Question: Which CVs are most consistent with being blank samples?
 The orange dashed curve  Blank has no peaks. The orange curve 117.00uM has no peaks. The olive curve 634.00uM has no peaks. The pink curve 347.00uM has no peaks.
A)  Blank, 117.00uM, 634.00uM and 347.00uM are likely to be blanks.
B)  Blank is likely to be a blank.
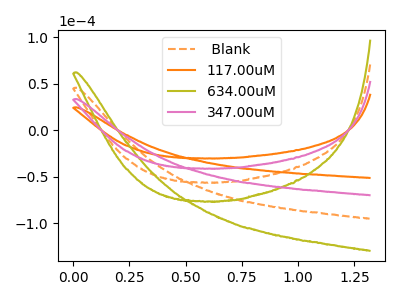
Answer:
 <answer>A) " Blank", "117.00uM", "634.00uM" and "347.00uM" are likely to be blanks.</answer>
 <eval>A</eval>